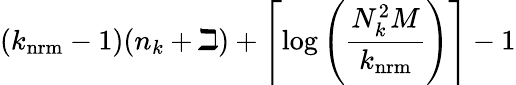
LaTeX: (k_{\mathrm{nrm}}-1)(n_{k}+\beth)+\left\lceil\log\left(\frac{N_{k}^{2}M}{k_{\mathrm{nrm}}}\right)\right\rceil-1